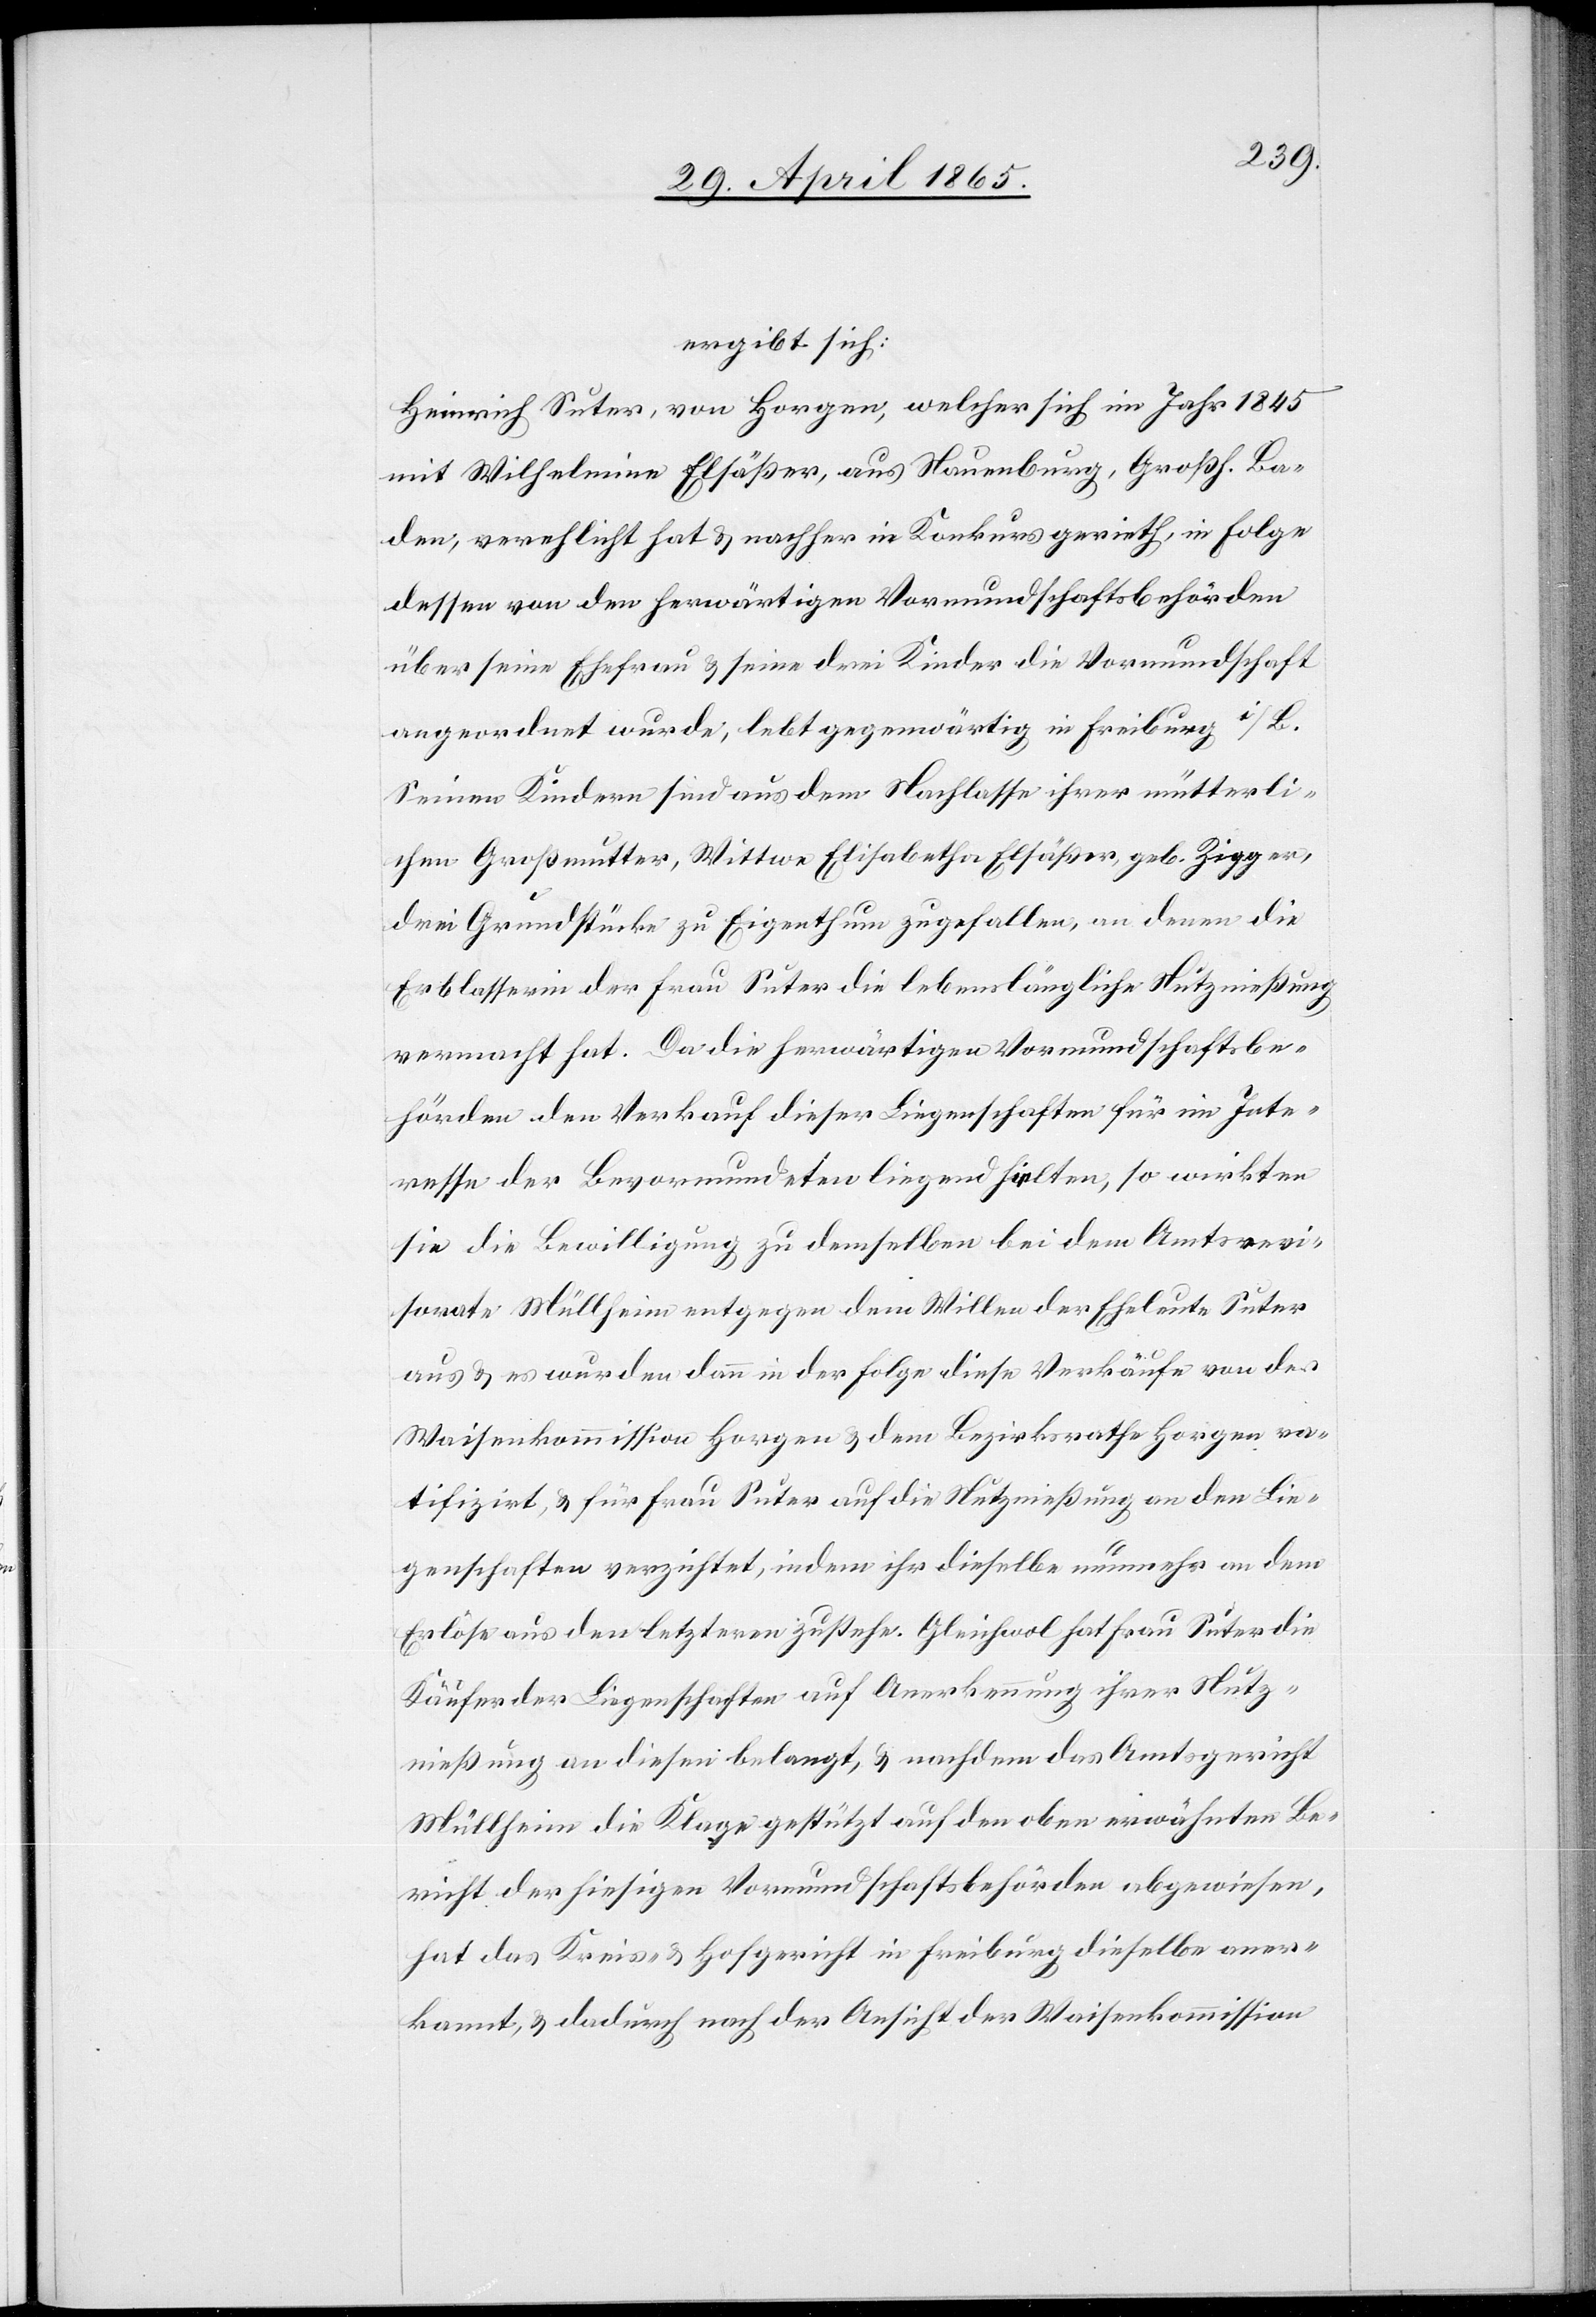
ergibt sich:
Heinrich Suter, von Horgen, welcher sich im Jahr 1845
mit Wilhelmina Elsäßer, aus Nauenburg, Großh. Ba¬
den, verehlicht hat & nachher in Konkurs gerieth, in Folge
dessen von den herwärtigen Vormundschaftsbehörden
über seine Ehefrau & seine drei Kinder die Vormundschaft
angeordnet wurde, lebt gegenwärtig in Freiburg i/B.
Seinen Kindern sind aus dem Nachlasse ihrer mütterli¬
chen Großmuter, Wittwe Elisabetha Elsäßer, geb. Zigger,
drei Grundstücke zu Eigenthum zugefallen, an denen die
Erblasserin der Frau Suter die lebenslängliche Nutznießung
vermacht hat. Da die herwärtigen Vormundschaftsbe¬
hörden den Verkauf dieser Liegenschaften für im Inte¬
resse der Bevormundeten liegend hielten, so wirkten
sie die Bewilligung zu demselben bei dem Amtsrevi¬
sorate Müllheim entgegen dem Willen der Eheleute Suter
aus & es wurden dann in der Folge diese Verkäufe von der
Waisenkommisssion Horgen & dem Bezirksrathe Horgen ra¬
tifizirt, & für Frau Suter auf die Nutzniesung an den Lie¬
genschaften verzichtet, indem ihr dieselbe nunmehr an dem
Erlöse aus den letzteren zustehe. Gleichwol hat Frau Suter die
Käufer der Liegenschaften auf Anerkennung ihrer Nutz¬
nießung an diesen belangt, & nachdem das Amtsgericht
Müllheim die Klage gestützt auf den oben erwähnten Be¬
richt der hiesigen Vormundschaftsbehörden abgewiesen,
hat das Kreis- & Hofgericht in Freiburg dieselbe aner¬
kannt, & dadurch nach der Ansicht der Waisenkommission